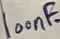
Text: 100nF